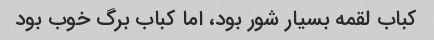
کباب لقمه بسیار شور بود، اما کباب برگ خوب بود